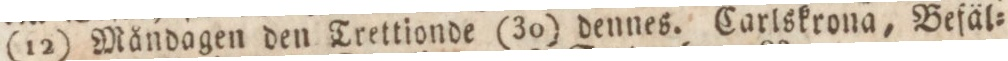
(12) Måndagen den Trettionde (30) dennes. Carlskrona, Befäl=